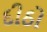
દીઠો